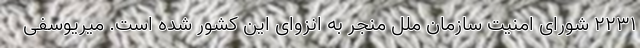
۲۲۳۱ شورای امنیت سازمان ملل منجر به انزوای این کشور شده است‌. میریوسفی